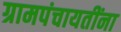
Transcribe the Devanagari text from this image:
ग्रामपंचायतींना